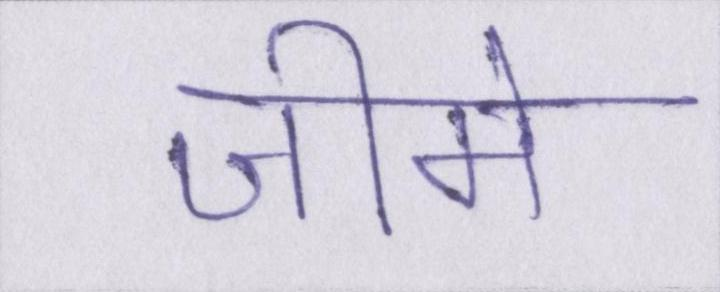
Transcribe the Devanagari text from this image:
जीमेल